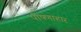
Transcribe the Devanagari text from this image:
पोषणाहार